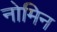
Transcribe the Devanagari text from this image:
नोमिन